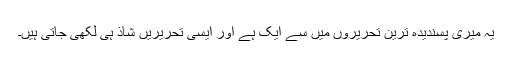
یہ میری پسندیدہ ترین تحریروں میں سے ایک ہے اور ایسی تحریریں شاذ ہی لکھی جاتی ہیں۔